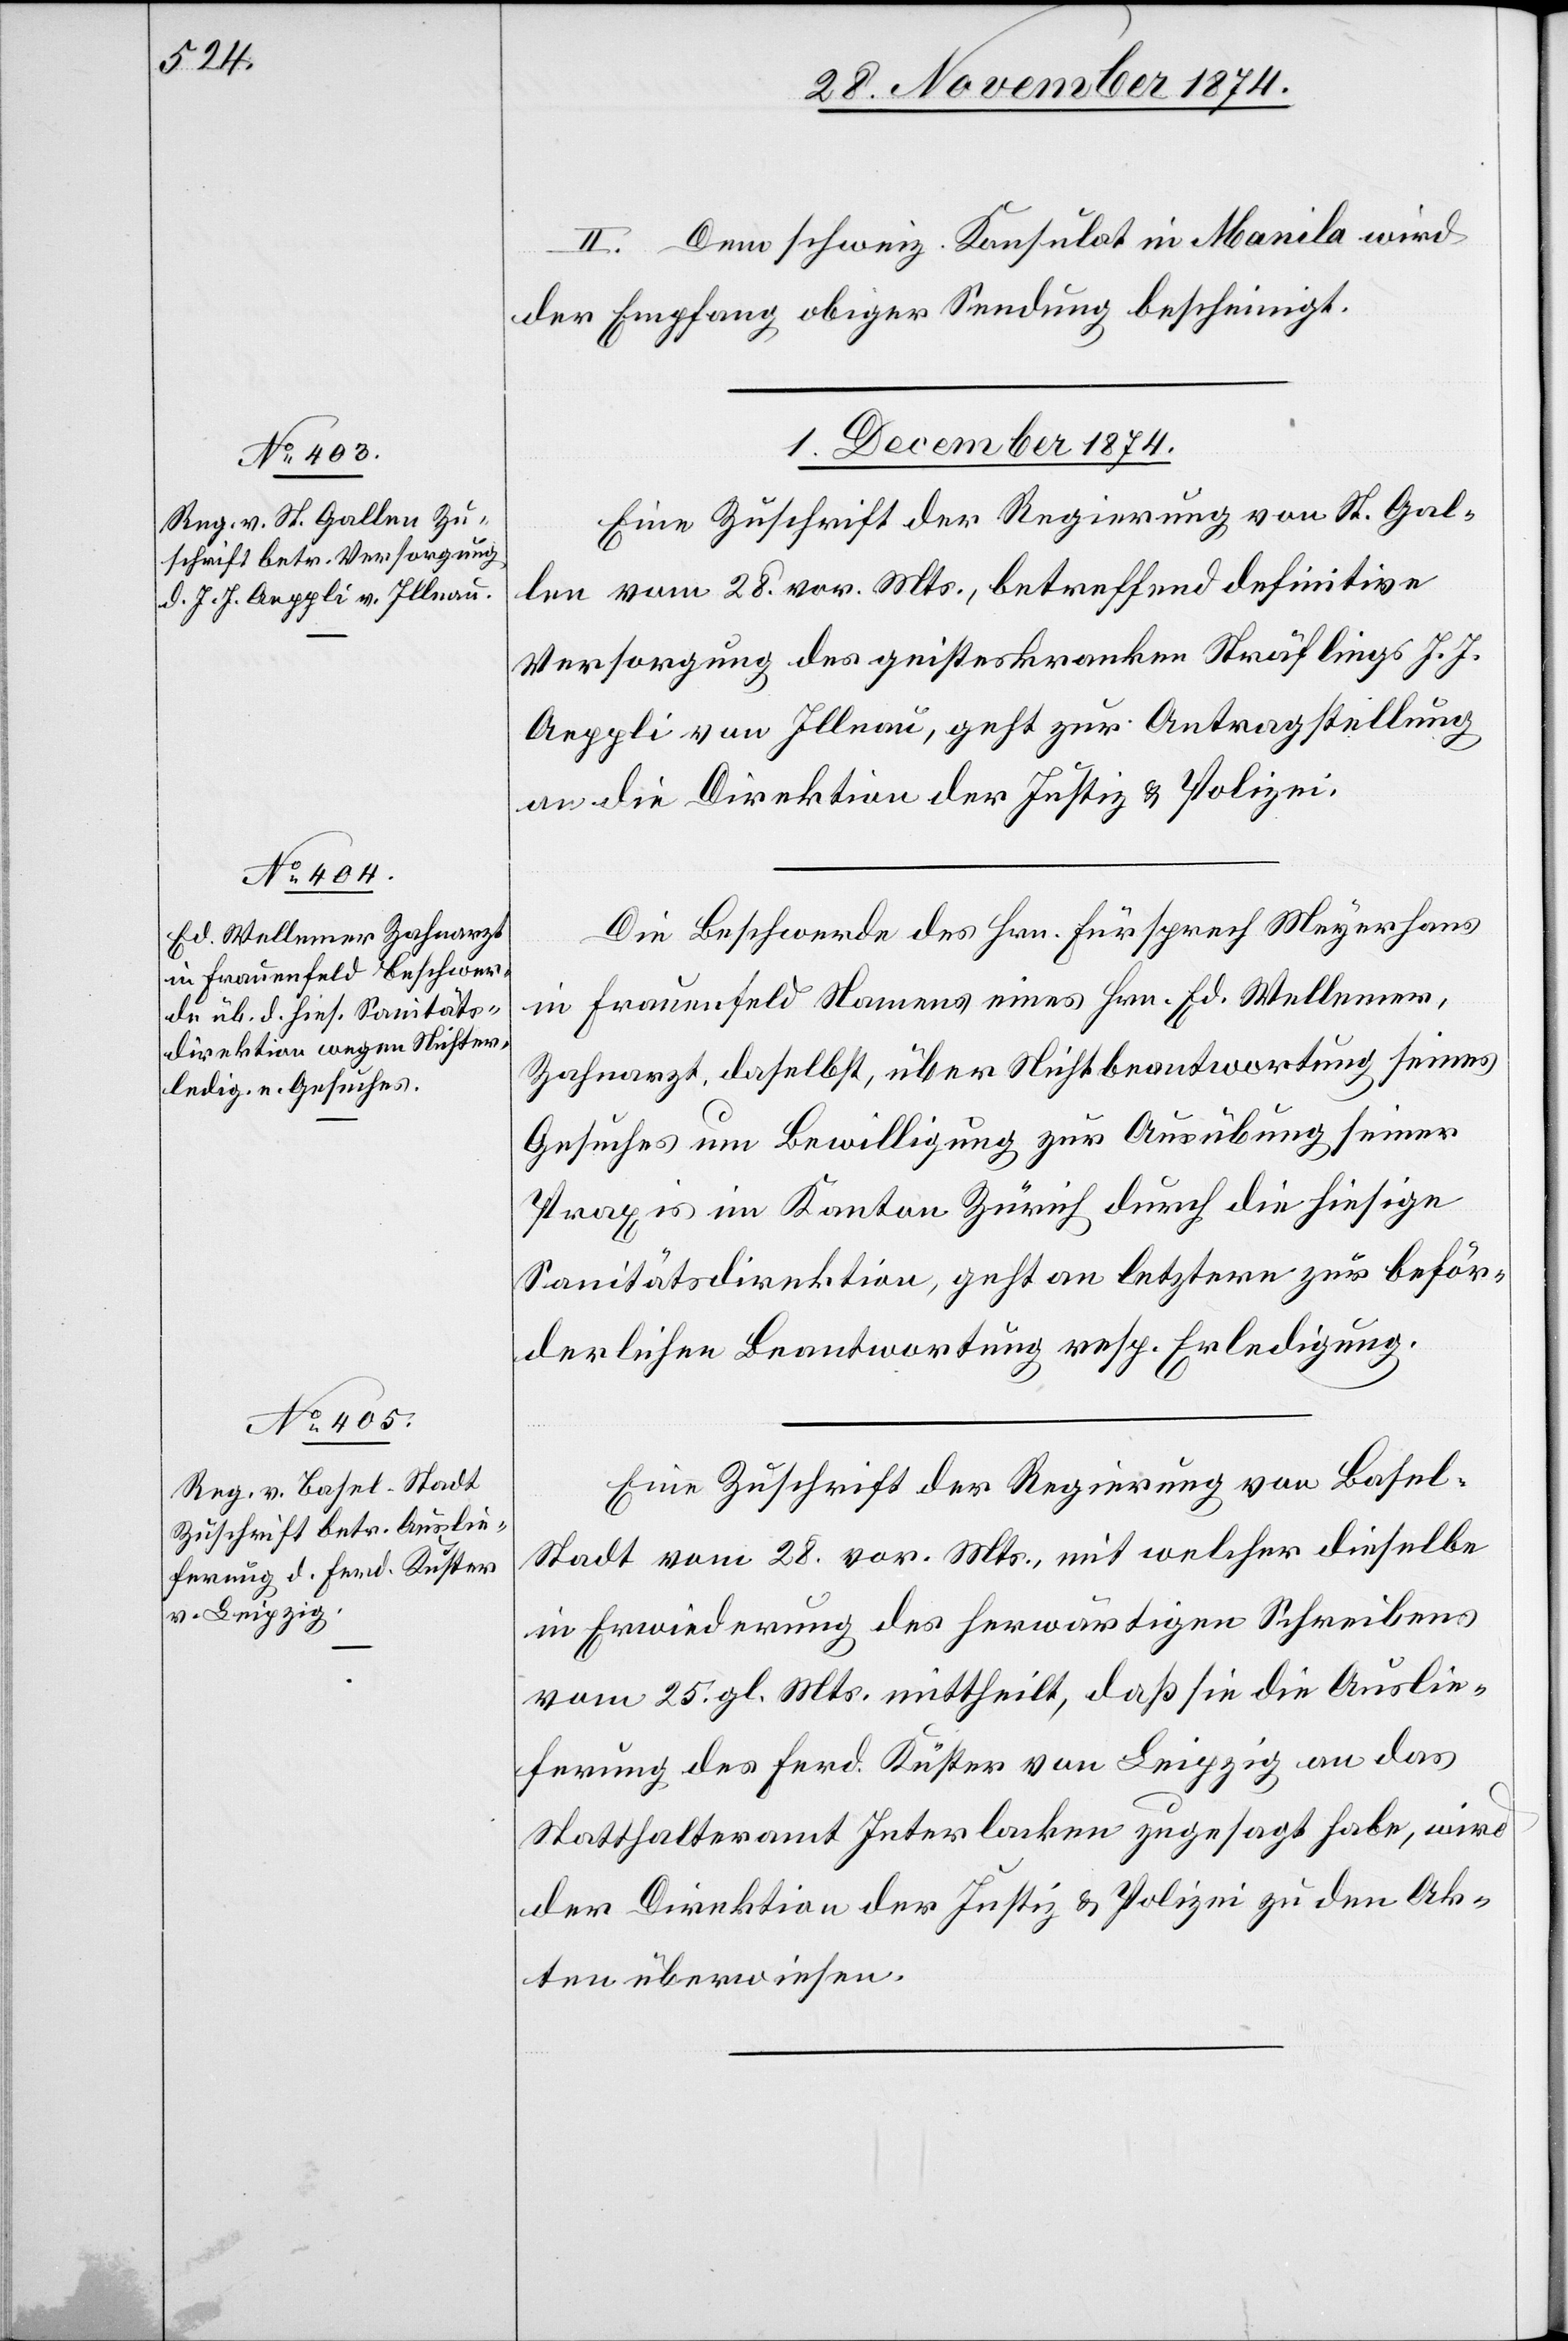
II. Dem schweiz. Konsulat in Manila wird
der Empfang obiger Sendung bescheinigt.
1. December 1874.]
Eine Zuschrift der Regierung von St. Gal¬
len vom 28. vor. Mts., betreffend definitive
Versorgung des geisteskranken Sträflings J. J.
Aeppli von Illnau, geht zur Antragstellung
an die Direktion der Justiz & Polizei.
Die Beschwerde des Hrn. Fürsprech Meyerhans
in Frauenfeld Namens eines Hrn. Ed. Wellemer,
Zahnarzt, daselbst, über Nichtbeantwortung seines
Gesuches um Bewilligung zur Ausübung seiner
Praxis im Kanton Zürich durch die hiesige
Sanitätsdirektion, geht an letztere zur beför¬
derlichen Beantwortung resp. Erledigung.
Eine Zuschrift der Regierung von Basel-S¬
tadt vom 28. vor. Mts., mit welcher dieselbe
in Erwiederung des herwärtigen Schreibens
vom 25. gl. Mts. mittheilt, daß sie die Auslie¬
ferung des Ferd. Küster von Leipzig an das
Statthalteramt Interlacken zugesagt habe, wird
der Direktion der Justiz & Polizei zu den Ak¬
ten überwiesen.